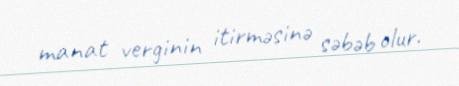
manat verginin itirməsinə səbəb olur.